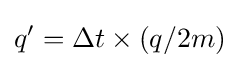
q'=\Delta t\times (q/2m)